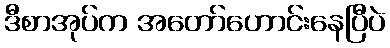
ဒီစာအုပ်က အတော်ဟောင်းနေပြီပဲ